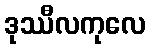
ဒုဿီလကုလေ